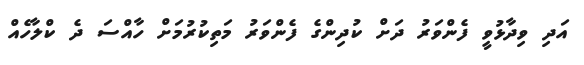
އަދި ވިދާޅުވީ ފެންވަރު ދަށް ކުދިންގެ ފެންވަރުު މަތިކުރުމަށް ހާއްސަ ދެ ކްލާހެއް